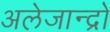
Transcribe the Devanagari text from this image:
अलेजान्द्रो